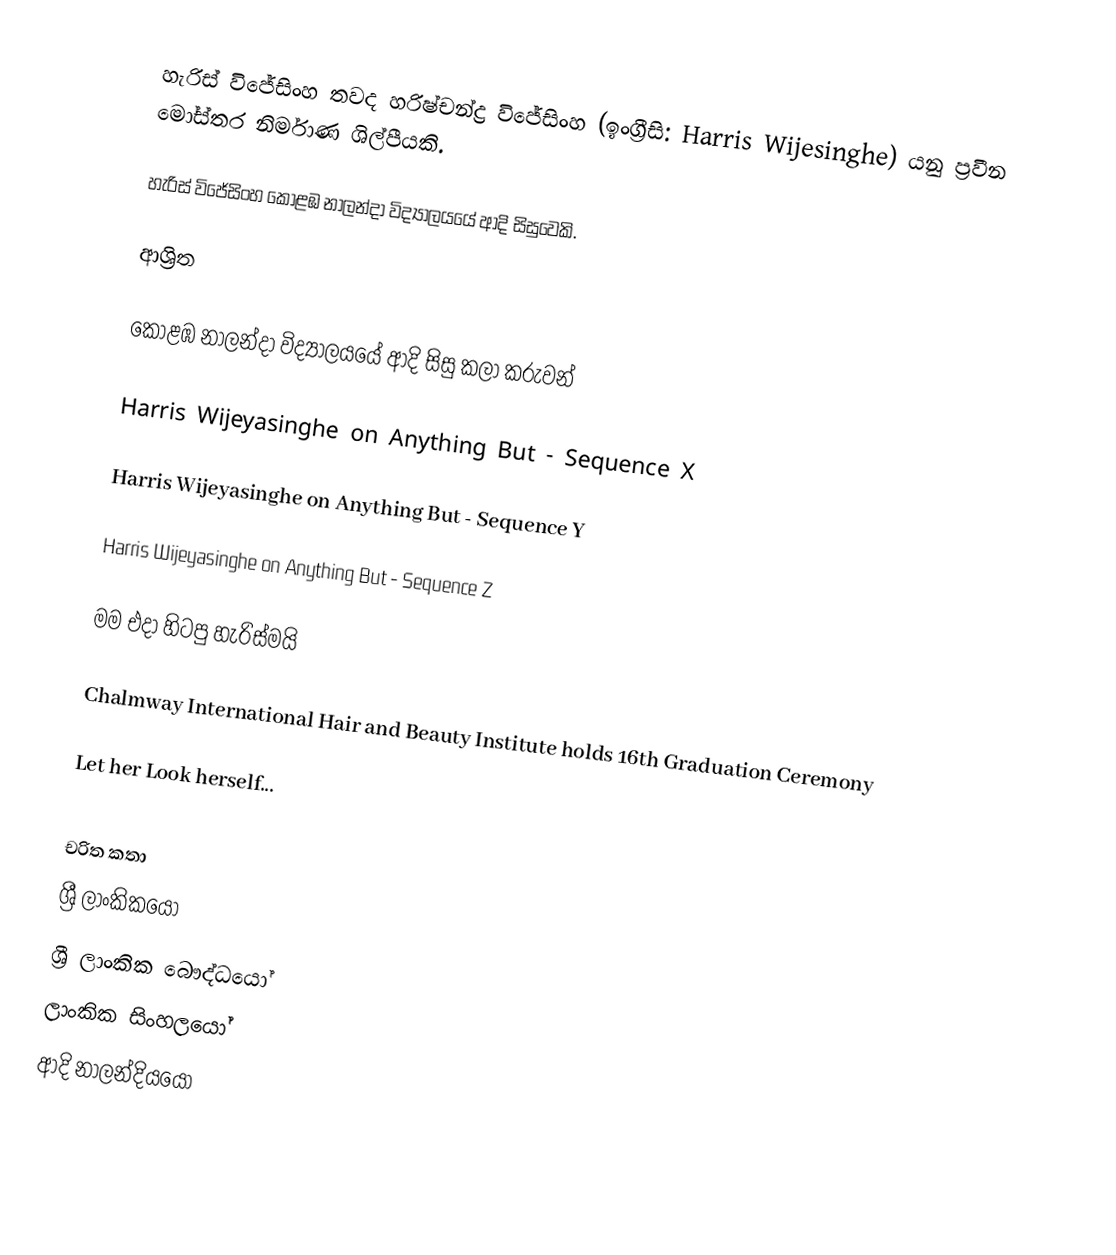
හැරිස් විජේසිංහ තවද හරිෂ්චන්ද්‍ර විජේසිංහ (ඉංග්‍රීසි: Harris Wijesinghe) යනු ප්‍රවීන මෝස්තර නිර්මාණ ශිල්පීයකි.

හැරිස් විජේසිංහ  කොළඹ නාලන්දා විද්‍යාලයයේ ආදි සිසුවෙකි.

ආශ්‍රිත

 කොළඹ නාලන්දා විද්‍යාලයයේ ආදි සිසු කලා කරුවන්

 Harris Wijeyasinghe on Anything But - Sequence X

 Harris Wijeyasinghe on Anything But - Sequence Y

 Harris Wijeyasinghe on Anything But - Sequence Z

  මම එදා හිටපු හැරිස්මයි

 Chalmway International Hair and Beauty Institute holds 16th Graduation Ceremony

 Let her Look herself...

චරිත කතා
ශ්‍රී ලාංකිකයෝ
ශ්‍රී ලාංකික බෞද්ධයෝ
ලාංකික සිංහලයෝ
ආදි නාලන්දියයෝ